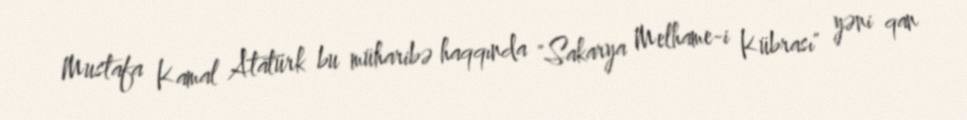
Mustafa Kamal Atatürk bu müharibə haqqında "Sakarya Melhame-i Kübrası" yəni qan